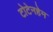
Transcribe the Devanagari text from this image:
टोटेनहेम